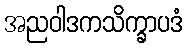
အညဝါဒကသိက္ခာပဒံ